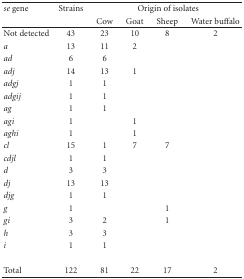
<table><thead><tr><td><b><i>se</i> gene</b></td><td><b>Strains</b></td><td colspan="4"><b>Origin of isolates</b></td></tr><tr><td></td><td></td><td><b>Cow</b></td><td><b>Goat</b></td><td><b>Sheep</b></td><td><b>Water buffalo</b></td></tr></thead><tbody><tr><td>Not detected</td><td>43</td><td>23</td><td>10</td><td>8</td><td>2</td></tr><tr><td><i>a</i></td><td>13</td><td>11</td><td>2</td><td></td><td></td></tr><tr><td><i>ad</i></td><td>6</td><td>6</td><td></td><td></td><td></td></tr><tr><td><i>adj</i></td><td>14</td><td>13</td><td>1</td><td></td><td></td></tr><tr><td><i>adgj</i></td><td>1</td><td>1</td><td></td><td></td><td></td></tr><tr><td><i>adgij</i></td><td>1</td><td>1</td><td></td><td></td><td></td></tr><tr><td><i>ag</i></td><td>1</td><td>1</td><td></td><td></td><td></td></tr><tr><td><i>agi</i></td><td>1</td><td></td><td>1</td><td></td><td></td></tr><tr><td><i>aghi</i></td><td>1</td><td></td><td>1</td><td></td><td></td></tr><tr><td><i>cl</i></td><td>15</td><td>1</td><td>7</td><td>7</td><td></td></tr><tr><td><i>cdjl</i></td><td>1</td><td>1</td><td></td><td></td><td></td></tr><tr><td><i>d</i></td><td>3</td><td>3</td><td></td><td></td><td></td></tr><tr><td><i>dj</i></td><td>13</td><td>13</td><td></td><td></td><td></td></tr><tr><td><i>djg</i></td><td>1</td><td>1</td><td></td><td></td><td></td></tr><tr><td><i>g</i></td><td>1</td><td></td><td></td><td>1</td><td></td></tr><tr><td><i>gi</i></td><td>3</td><td>2</td><td></td><td>1</td><td></td></tr><tr><td><i>h</i></td><td>3</td><td>3</td><td></td><td></td><td></td></tr><tr><td><i>i</i></td><td>1</td><td>1</td><td></td><td></td><td></td></tr><tr><td>Total</td><td>122</td><td>81</td><td>22</td><td>17</td><td>2</td></tr></tbody></table>